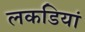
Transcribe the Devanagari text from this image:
लकडियां